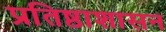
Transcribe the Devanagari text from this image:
प्रतिष्ठाशासन